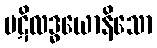
ပဋိလဒ္ဓယောနိသော